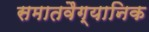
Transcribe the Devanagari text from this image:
समातवैग्यानिक